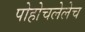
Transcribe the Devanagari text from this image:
पोहोचलेलेच